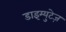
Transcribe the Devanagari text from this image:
डाइम्युटेज़